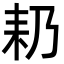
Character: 𮋣